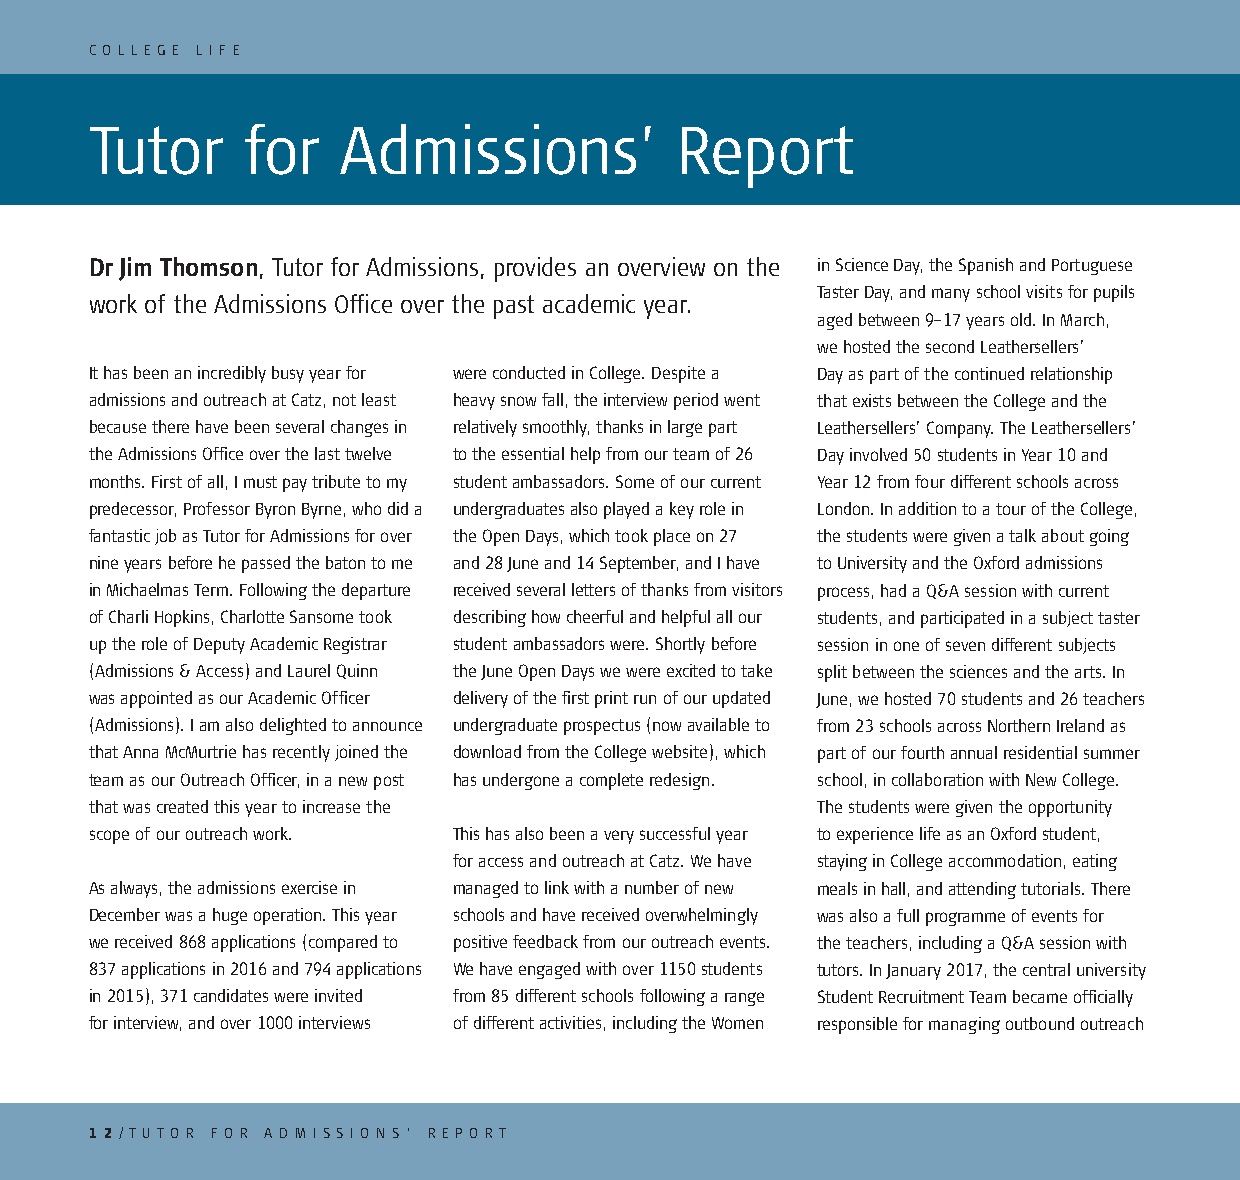
C O L L E G E L I F E
 Tutor     for   Admissions’            Report
 Dr Jim Thomson, Tutor for Admissions, provides an overview on the in Science Day, the Spanish and Portuguese
 Taster Day, and many school visits for pupils
 work of the Admissions Office over the past academic year.
 aged between 9–17 years old. In March,
 we hosted the second Leathersellers’
 It has been an incredibly busy year for were conducted in College. Despite a Day as part of the continued relationship
 admissions and outreach at Catz, not least heavy snow fall, the interview period went that exists between the College and the
 because there have been several changes in relatively smoothly, thanks in large part Leathersellers’ Company. The Leathersellers’
 the Admissions Office over the last twelve to the essential help from our team of 26 Day involved 50 students in Year 10 and
 months. First of all, I must pay tribute to my student ambassadors. Some of our current Year 12 from four different schools across
 predecessor, Professor Byron Byrne, who did a undergraduates also played a key role in London. In addition to a tour of the College,
 fantastic job as Tutor for Admissions for over the Open Days, which took place on 27 the students were given a talk about going
 nine years before he passed the baton to me and 28 June and 14 September, and I have to University and the Oxford admissions
 in Michaelmas Term. Following the departure received several letters of thanks from visitors process, had a Q&A session with current
 of Charli Hopkins, Charlotte Sansome took describing how cheerful and helpful all our students, and participated in a subject taster
 up the role of Deputy Academic Registrar student ambassadors were. Shortly before session in one of seven different subjects
 (Admissions & Access) and Laurel Quinn the June Open Days we were excited to take split between the sciences and the arts. In
 was appointed as our Academic Officer delivery of the first print run of our updated June, we hosted 70 students and 26 teachers
 (Admissions). I am also delighted to announce undergraduate prospectus (now available to from 23 schools across Northern Ireland as
 that Anna McMurtrie has recently joined the download from the College website), which part of our fourth annual residential summer
 team as our Outreach Officer, in a new post has undergone a complete redesign. school, in collaboration with New College.
 that was created this year to increase the      The students were given the opportunity
 scope of our outreach work. This has also been a very successful year to experience life as an Oxford student,
 for access and outreach at Catz. We have staying in College accommodation, eating
 As always, the admissions exercise in managed to link with a number of new meals in hall, and attending tutorials. There
 December was a huge operation. This year schools and have received overwhelmingly was also a full programme of events for
 we received 868 applications (compared to positive feedback from our outreach events. the teachers, including a Q&A session with
 837 applications in 2016 and 794 applications We have engaged with over 1150 students tutors. In January 2017, the central university
 in 2015), 371 candidates were invited from 85 different schools following a range Student Recruitment Team became officially
 for interview, and over 1000 interviews of different activities, including the Women responsible for managing outbound outreach
 1 2/ T U TO R FO R A D M I S S I O N S ’ R E P O RT